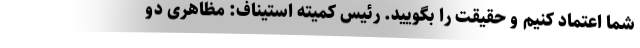
شما اعتماد کنیم و حقیقت را بگویید. رئیس کمیته استیناف: مظاهری دو